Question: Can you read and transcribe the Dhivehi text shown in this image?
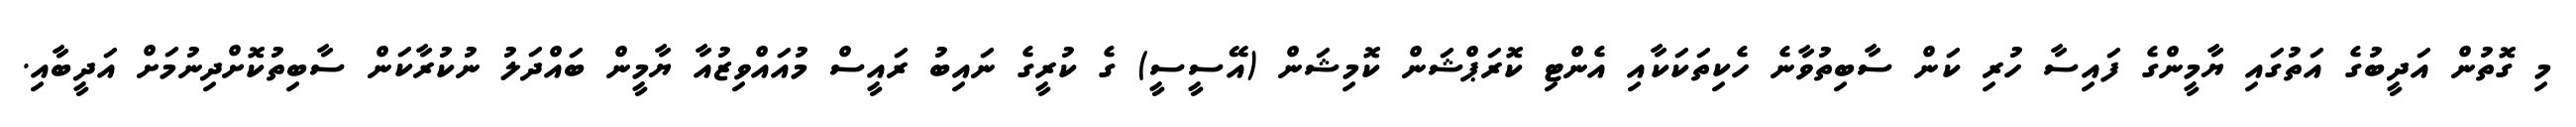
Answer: މި ގޮތުން އަދީބުގެ އަތުގައި ޔާމީންގެ ފައިސާ ހުރި ކަން ސާބިތުވާނެ ހެކިތަކަކާއި އެންޓި ކޮރަޕްޝަން ކޮމިޝަން (އޭސީސީ) ގެ ކުރީގެ ނައިބު ރައީސް މުއައްވިޒުއާ ޔާމީން ބައްދަލު ނުކުރާކަން ސާބިތުކޮށްދިނުމަށް އަދީބާއި.